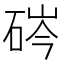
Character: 硶